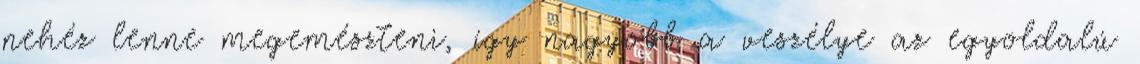
nehéz lenne megemészteni, így nagyobb a veszélye az egyoldalú